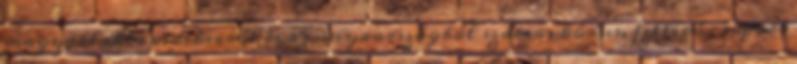
magyarlakta vidékeiről és az anyaországból számos kórus, fellépő csoport